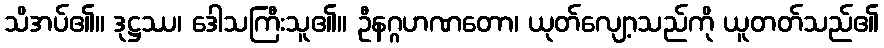
သိအပ်၏။ ဒုဋ္ဌဿ၊ ဒေါသကြီးသူ၏။ ဦနဂ္ဂဟဏတော၊ ယုတ်လျော့သည်ကို ယူတတ်သည်၏